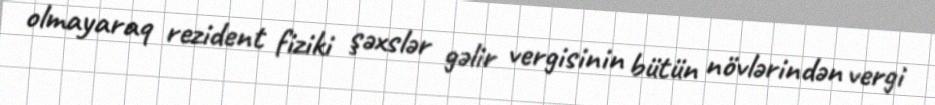
olmayaraq rezident fiziki şəxslər gəlir vergisinin bütün növlərindən vergi